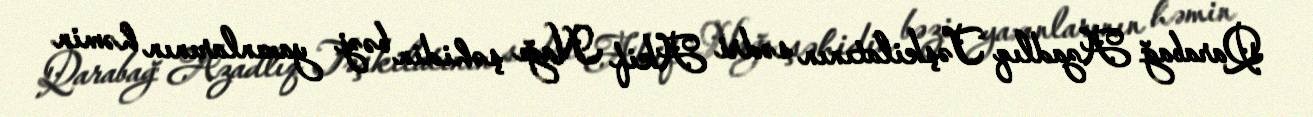
Qarabağ Azadlıq Təşkilatının sədri Akif Nağı şəhidin bəzi yaxınlarının həmin